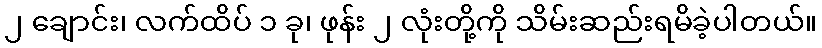
၂ ချောင်း၊ လက်ထိပ် ၁ ခု၊ ဖုန်း ၂ လုံးတို့ကို သိမ်းဆည်းရမိခဲ့ပါတယ်။